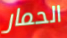
الحمار